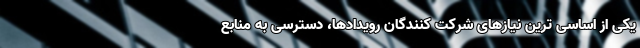
یکی از اساسی ترین نیازهای شرکت کنندگان رویدادها، دسترسی به منابع